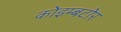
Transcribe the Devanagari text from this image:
कोइम्बटोर